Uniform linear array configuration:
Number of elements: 8
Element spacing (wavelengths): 0.75
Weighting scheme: exponential
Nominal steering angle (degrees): -45
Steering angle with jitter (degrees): -44.864
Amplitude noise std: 0.05
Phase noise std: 0.05

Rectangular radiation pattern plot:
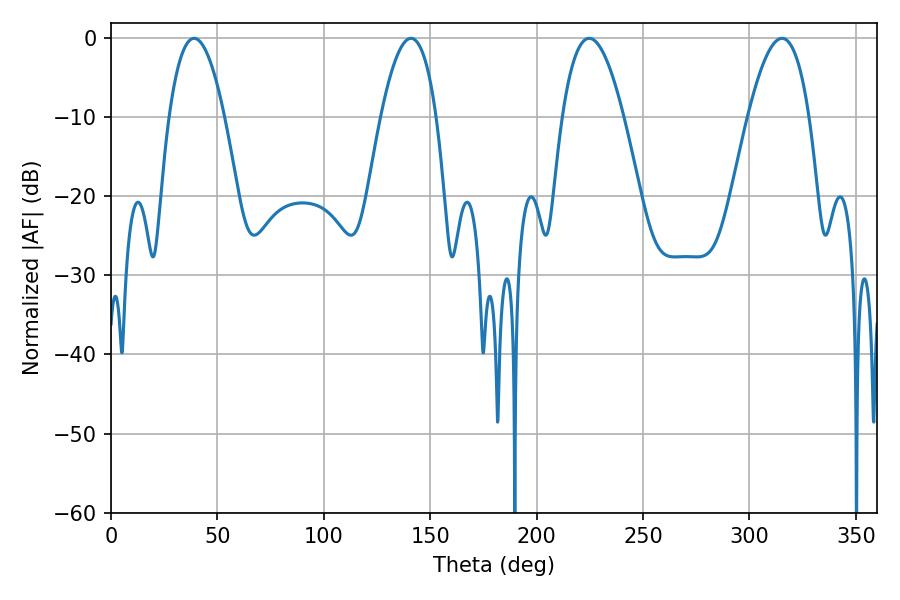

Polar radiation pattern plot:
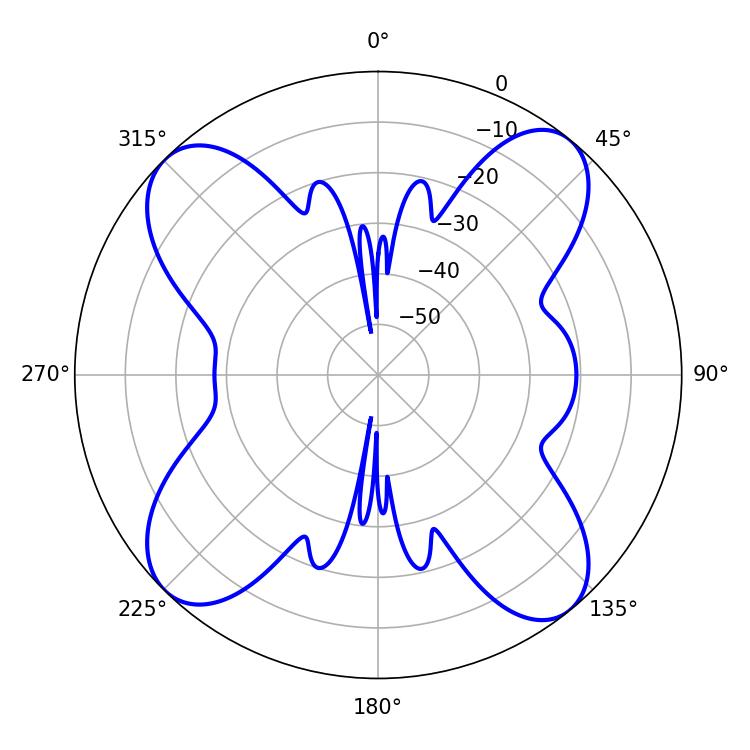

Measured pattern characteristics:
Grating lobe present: TRUE
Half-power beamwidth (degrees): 14.4
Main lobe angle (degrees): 39.06